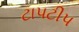
ટાપટીપ